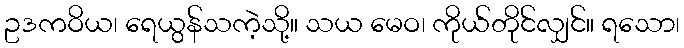
ဥဒကဝိယ၊ ရေယွန်သကဲ့သို့။ သယ မေဝ၊ ကိုယ်တိုင်လျှင်။ ရသော၊